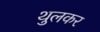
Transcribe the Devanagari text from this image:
थुलकर